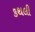
કથલી